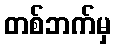
တစ်ဘက်မှ